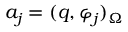
a _ { j } = ( q , \varphi _ { j } ) _ { \Omega }